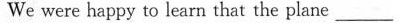
We were happy to learn that the plane \underline